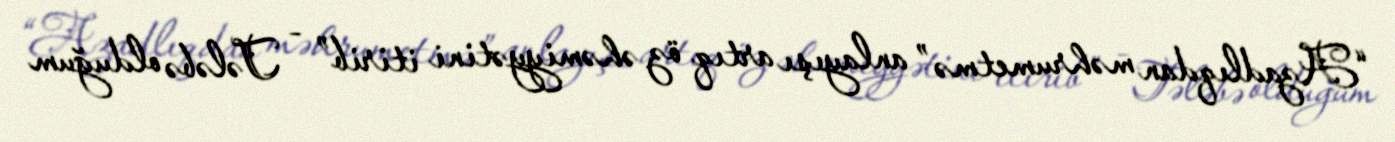
“Azadlıqdan məhrumetmə” anlayışı artıq öz əhəmiyyətini itirib” - Tələbə olduğum